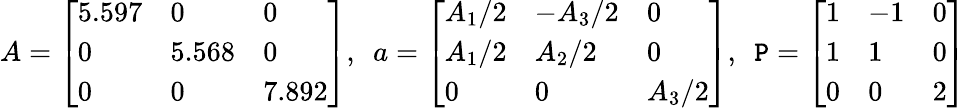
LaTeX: A=\left[\begin{array}{lll}{5.597}&{0}&{0}\\ {0}&{5.568}&{0}\\ {0}&{0}&{7.892}\end{array}\right],~~a=\left[\begin{array}{lll}{A_{1}/2}&{-A_{3}/2}&{0}\\ {A_{1}/2}&{A_{2}/2}&{0}\\ {0}&{0}&{A_{3}/2}\end{array}\right],~~\mathtt{P}=\left[\begin{array}{lll}{1}&{-1}&{0}\\ {1}&{1}&{0}\\ {0}&{0}&{2}\end{array}\right]